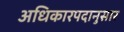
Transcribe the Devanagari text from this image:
अधिकारपदानुसार